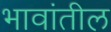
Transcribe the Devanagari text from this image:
भावांतील